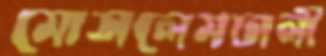
মোসলেমঢালী